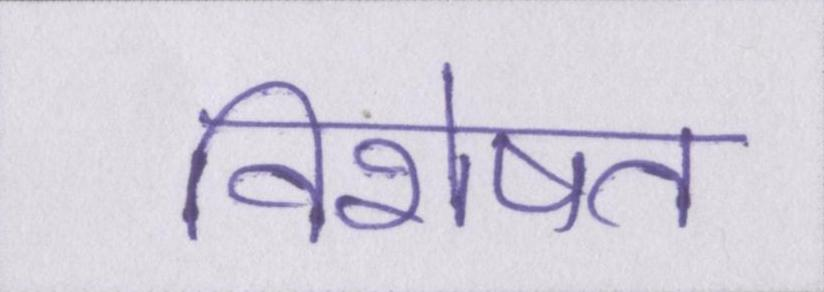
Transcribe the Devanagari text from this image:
विशेषत